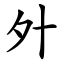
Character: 㚈